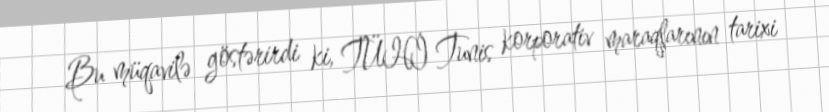
Bu müqavilə göstərirdi ki, TÜHİ Tunis korporativ maraqlarının tarixi